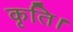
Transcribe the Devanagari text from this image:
कृति।